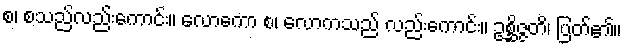
စ၊ စသည်လည်းကောင်း။ လောကော စ၊ လောကသည် လည်းကောင်း။ ဥစ္ဆိဇ္ဇတိ၊ ပြတ်၏။